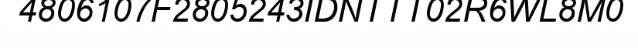
4806107F2805243IDNTTT02R6WL8M0